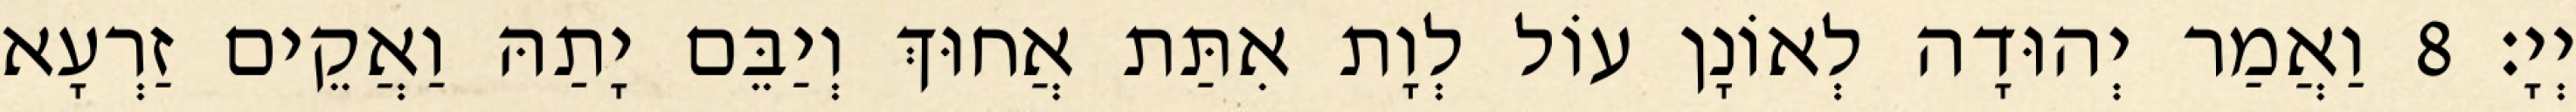
יְיָ׃ 8 וַאֲמַר יְהוּדָה לְאוֹנָן עוֹל לְוָת אִתַּת אֲחוּךְ וְיַבֵּם יָתַהּ וַאֲקֵים זַרְעָא